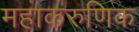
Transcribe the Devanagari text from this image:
महाकरुणिक